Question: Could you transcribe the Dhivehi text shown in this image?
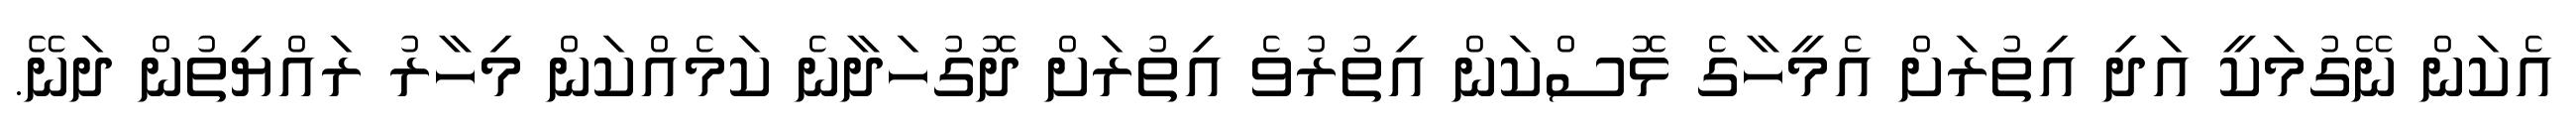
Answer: އެކަން ނޭގުމަކީ އަދި އިތުރަށް އެމީހާގެ ޅޮސްކަން އިތުރުވެ އިތުރަށް ދޮގުހަދާނެ ކަމެއްކަން މިހާރު ރައްޔިތުން ދަނޭ.